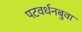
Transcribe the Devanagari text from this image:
पटवर्धनबुवा